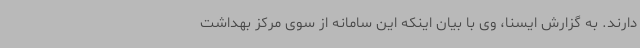
دارند. به گزارش ایسنا، وی با بیان اینکه این سامانه از سوی مرکز بهداشت